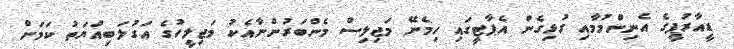
ޑީއާރުޕީގެ އެނިންމުމާއި ގުޅިގެން އެޕާޓީގައި ހިމެނޭ މަޖިލިސް މެންބަރުންނާއެކު މަޖިލީހުގެ އަގުލަބިއްޔަތު ކަމަށް